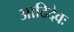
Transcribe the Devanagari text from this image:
आदिदेवः